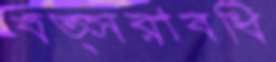
বত্সরাবধি